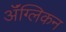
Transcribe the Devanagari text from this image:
ॲंग्लिकन